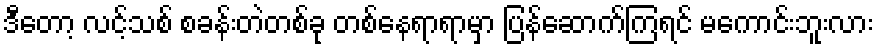
ဒီတော့ လင့်သစ် စခန်းတဲတစ်ခု တစ်နေရာရာမှာ ပြန်ဆောက်ကြရင် မကောင်းဘူးလား